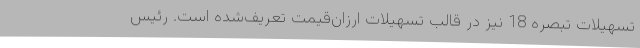
تسهیلات تبصره 18 نیز در قالب تسهیلات ارزان‌قیمت تعریف‌شده است. رئیس